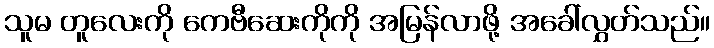
သူမ တူလေးကို ကေဗီဆေးကိုကို အမြန်လာဖို့ အခေါ်လွှတ်သည်။